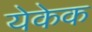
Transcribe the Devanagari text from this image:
येकेक